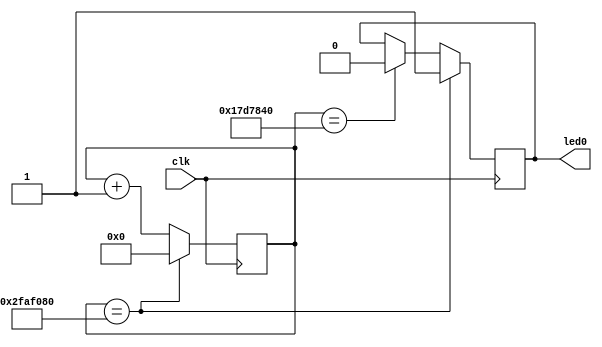
`timescale 1ns / 1ps
`define OFF_TIME 25000000
`define ON_TIME (`OFF_TIME*2)
//////////////////////////////////////////////////////////////////////////////////
// Company: 
// 
// Design Name: 
// Module Name:    blinking_led 
// Project Name: 
// Target Devices: 
// Tool versions: 
// Description: 
//
// Dependencies: 
//
// Revision: 
// Revision 0.01 - File Created
// Additional Comments: 
//
//////////////////////////////////////////////////////////////////////////////////
module blinking_led(clk,led0
    );
input clk;
output led0;
reg [31:0] cnt;
reg led0;

initial begin
cnt<=32'b0;
led0<=0;
end

always @(posedge clk) begin
  cnt <= cnt+1;
  #1
  if(cnt==`OFF_TIME) begin
	led0 <= 0;
	end
  if(cnt==`ON_TIME) begin
	led0 <= 1;
	cnt<=32'b0;
	end
end

	


endmodule